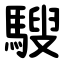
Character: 騪